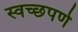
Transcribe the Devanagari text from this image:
स्वच्छपणे